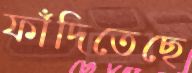
ফাঁদিতেছে